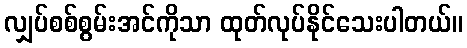
လျှပ်စစ်စွမ်းအင်ကိုသာ ထုတ်လုပ်နိုင်သေးပါတယ်။